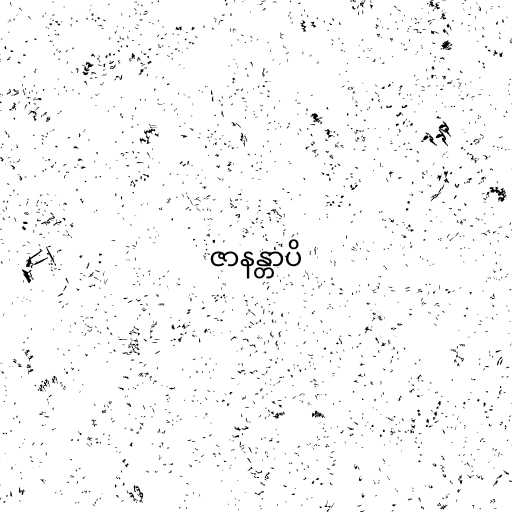
ဇာနန္တာပိ